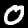
Digit: 0